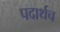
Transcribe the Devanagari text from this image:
पदार्थच